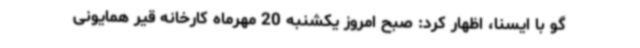
گو با ایسنا، اظهار کرد: صبح امروز یکشنبه 20 مهرماه کارخانه قیر همایونی